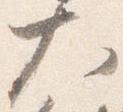
大